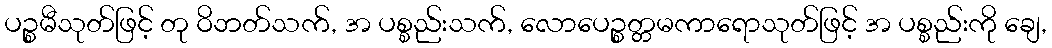
ပဉ္စမီသုတ်ဖြင့် တု ဝိဘတ်သက်, အ ပစ္စည်းသက်, လောပေဉ္စတ္တမကာရောသုတ်ဖြင့် အ ပစ္စည်းကို ချေ,